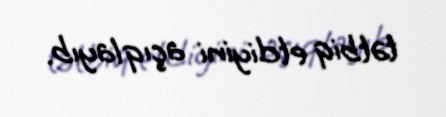
tətbiq etdiyini açıqlayıb.